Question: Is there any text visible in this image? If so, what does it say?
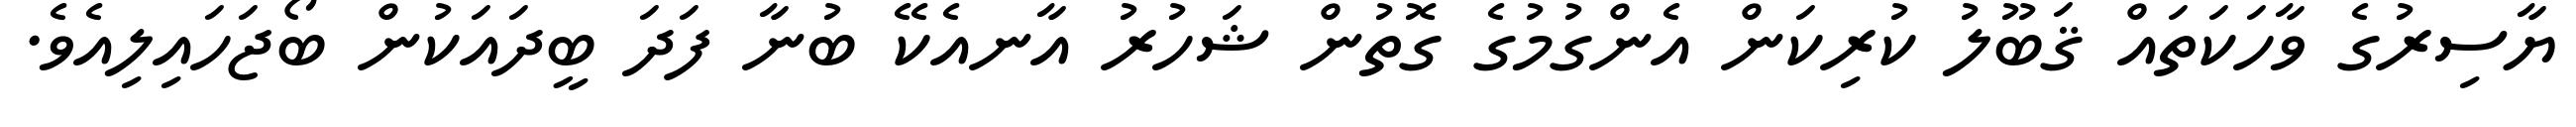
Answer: ޔާސިރުގެ ވާހަކަތައް ޤަބޫލު ކުރިކަން އެންގުމުގެ ގޮތުން ޝަހުރު އާނއެކޭ ބުނާ ފަދަ ބީދައަކުން ބޯޖަހައިލިއެވެ.